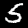
Label: 5